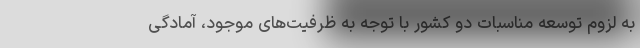
به لزوم توسعه مناسبات دو کشور با توجه به ظرفیت‌های موجود، آمادگی